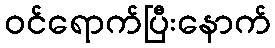
ဝင်ရောက်ပြီးနောက်